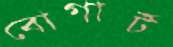
বোগার্ট